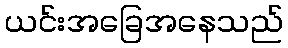
ယင်းအခြေအနေသည်